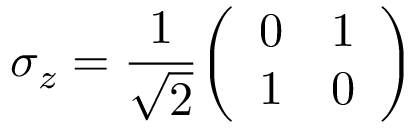
\sigma _ { z } = { \frac { 1 } { \sqrt { 2 } } } { \left( \begin{array} { l l } { 0 } & { 1 } \\ { 1 } & { 0 } \end{array} \right) }